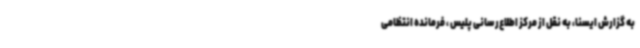
به گزارش ایسنا، به نقل از مرکز اطلاع‌رسانی پلیس ، فرمانده انتظامی